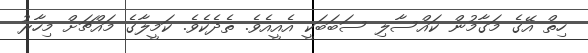
ހިތް އޭގެ މަގާމުން ކައްސާލި ސަބަބަކީ އެއީއެވެ. ތެދެކެވެ. ކަމީލާގެ މައްޗަށް މިހާރު